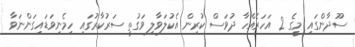
ސޫދާންގައި މީގެ 2 އަހަރެއްހާ ދުވަސް ކުރިން އެކުލަވާލި ވަގުތީ ސަރުކާރުގައި ހިމެނިވަޑައިގަންނަވާ